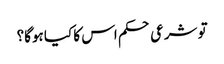
تو شرعی حکم اس کا کیا ہوگا؟